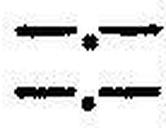
—.—